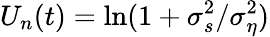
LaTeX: U_{n}(t)=\ln(1+\sigma_{s}^{2}/\sigma_{\eta}^{2})